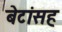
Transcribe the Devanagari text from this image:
बेटांसह